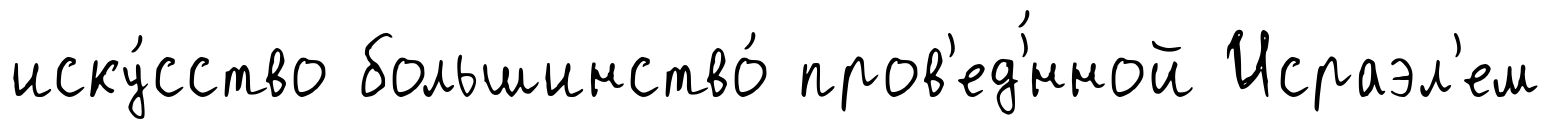
иску́сство большинство́ пров'ед'́нной Исраэл'ем